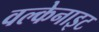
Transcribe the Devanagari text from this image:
वल्केनाइट